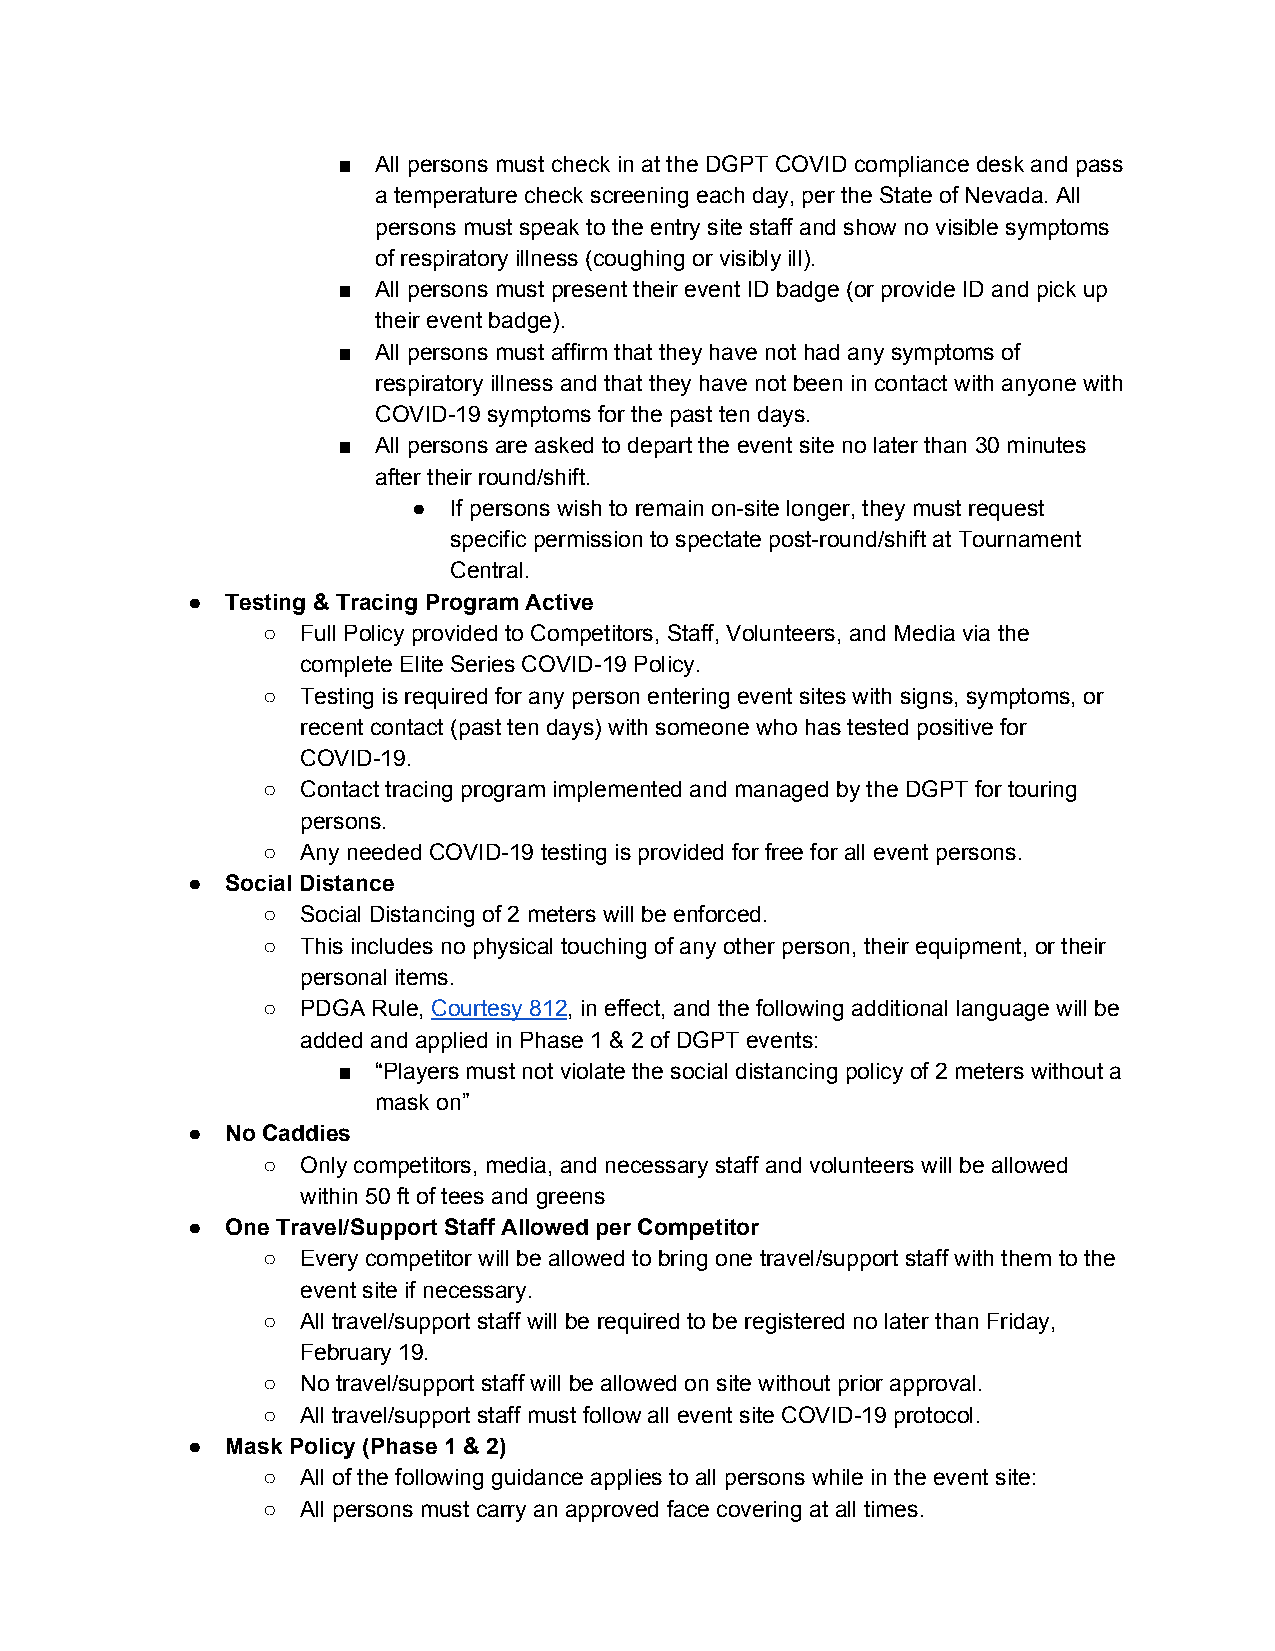
■  All persons must check in at the DGPT COVID compliance desk and pass
 a temperature check screening each day, per the State of Nevada. All
 persons must speak to the entry site staff and show no visible symptoms
 of respiratory illness (coughing or visibly ill).
 ■  All persons must present their event ID badge (or provide ID and pick up
 their event badge).
 ■  All persons must affirm that they have not had any symptoms of
 respiratory illness and that they have not been in contact with anyone with
 COVID-19 symptoms for the past ten days.
 ■  All persons are asked to depart the event site no later than 30 minutes
 after their round/shift.
 ●  If persons wish to remain on-site longer, they must request
 specific permission to spectate post-round/shift at Tournament
 Central.
 ●  Testing & Tracing Program Active
 ○  Full Policy provided to Competitors, Staff, Volunteers, and Media via the
 complete Elite Series COVID-19 Policy.
 ○  Testing is required for any person entering event sites with signs, symptoms, or
 recent contact (past ten days) with someone who has tested positive for
 COVID-19.
 ○  Contact tracing program implemented and managed by the DGPT for touring
 persons.
 ○  Any needed COVID-19 testing is provided for free for all event persons.
 ●  Social Distance
 ○  Social Distancing of 2 meters will be enforced.
 ○  This includes no physical touching of any other person, their equipment, or their
 personal items.
 ○  PDGA Rule, Courtesy 812, in effect, and the following additional language will be
 ​ ​       ​
 added and applied in Phase 1 & 2 of DGPT events:
 ■  “Players must not violate the social distancing policy of 2 meters without a
 mask on”
 ●  No Caddies
 ○  Only competitors, media, and necessary staff and volunteers will be allowed
 within 50 ft of tees and greens
 ●  One Travel/Support Staff Allowed per Competitor
 ○  Every competitor will be allowed to bring one travel/support staff with them to the
 event site if necessary.
 ○  All travel/support staff will be required to be registered no later than Friday,
 February 19.
 ○  No travel/support staff will be allowed on site without prior approval.
 ○  All travel/support staff must follow all event site COVID-19 protocol.
 ●  Mask Policy (Phase 1 & 2)
 ○  All of the following guidance applies to all persons while in the event site:
 ○  All persons must carry an approved face covering at all times.